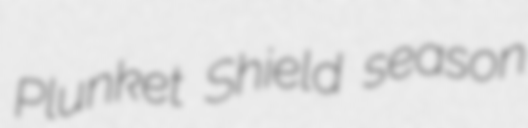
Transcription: Plunket Shield season